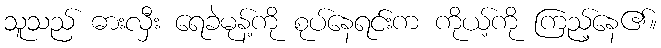
သူသည် ဓားလှီး ရေခဲမုန့်ကို စုပ်နေရင်းက ကိုယ့်ကို ကြည့်နေ၏။